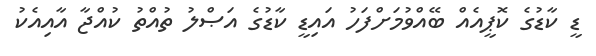
ޑީ ކާޑުގެ ކޮޕީއެއް ބޭއްވުމަށްފަހު އައިޑީ ކާޑުގެ އަޞްލު ތުއްތު ކުއްޖާ އާއިއެކު